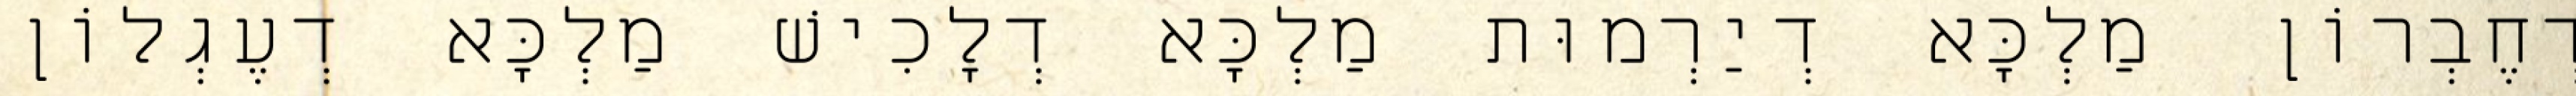
דְחֶבְרוֹן מַלְכָּא דְיַרְמוּת מַלְכָּא דְלָכִישׁ מַלְכָּא דְעֶגְלוֹן